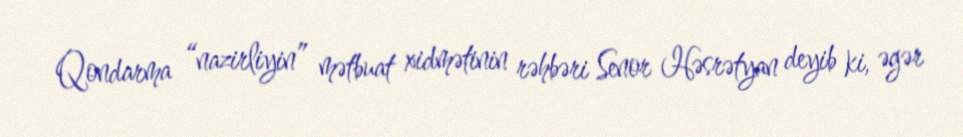
Qondarma “nazirliyin” mətbuat xidmətinin rəhbəri Senor Həsrətyan deyib ki, əgər